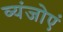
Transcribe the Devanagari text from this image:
व्यंजोएं